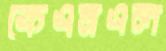
কেএমএল